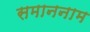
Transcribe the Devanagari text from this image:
समाननाम